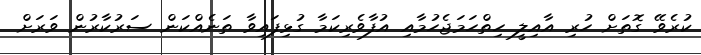
ކުރެވޭ ގޮތަށް ހުރި އާއިލީ ހިތްހަމަޖެހުމާއި އުފާވެރިކަމާ ގުޅިފައިވާ ތަނެއްކަން ސަރުކާރުން ވަރަށް